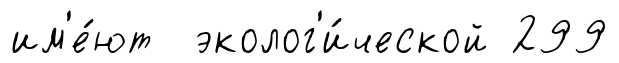
им'е́ют эколог'и́ческой 299